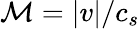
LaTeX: \mathcal{M}=|v|/c_{s}